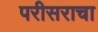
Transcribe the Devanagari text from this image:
परीसराचा